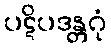
ပဋိပဒန္တဂုံ